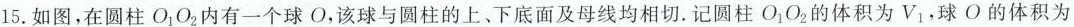
15.如图，在圆柱O_{1}O_{2}F有一个球O，该球与圆柱的上、下底面及母线均相切，记圆柱 O_{1}O_{2}的体积为V_{1}，球O的体积为